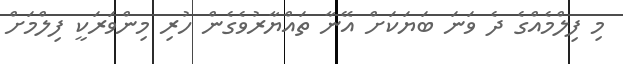
މި ފިލްމެއްގެ ދެ ވަނަ ބަޔަކަށް އޭނާ ތައްޔާރުވެގެން ހުރި މިންވަރަކީ ފިލްމަށް